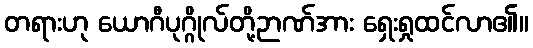
တရားဟု ယောဂီပုဂ္ဂိုလ်တို့ဉာဏ်အား ရှေးရှုထင်လာ၏။